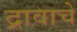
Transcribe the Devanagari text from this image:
द्रावाचे